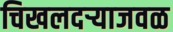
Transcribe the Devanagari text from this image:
चिखलदऱ्याजवळ